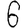
Digit: 6